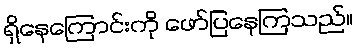
ရှိနေကြောင်းကို ဖော်ပြနေကြသည်။